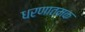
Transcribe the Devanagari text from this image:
धरणात्मक